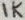
Text: 1K